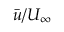
\bar { u } / U _ { \infty }